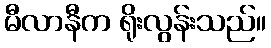
မီလာနီက ရိုးလွန်းသည်။